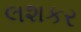
લશકર